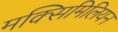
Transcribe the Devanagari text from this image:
मक्सिमिलियन